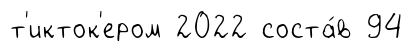
т'икток'ером 2022 соста́в 94